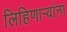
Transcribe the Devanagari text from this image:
लिहिणार्‍यांना